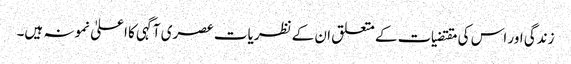
زندگی اور اس کی مقتضیات کے متعلق ان کے نظریات عصری آگہی کا اعلیٰ نمونہ ہیں۔